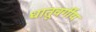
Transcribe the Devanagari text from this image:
धातूवर्गीय